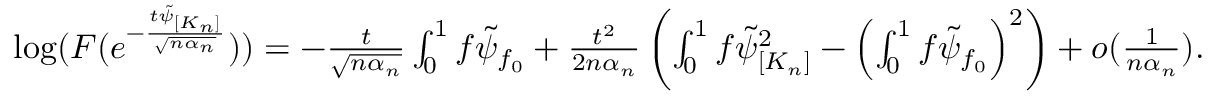
\begin{array} { r } { \log ( F ( e ^ { - \frac { t \tilde { \psi } _ { [ K _ { n } ] } } { \sqrt { n \alpha _ { n } } } } ) ) = - \frac { t } { \sqrt { n \alpha _ { n } } } \int _ { 0 } ^ { 1 } f \tilde { \psi } _ { f _ { 0 } } + \frac { t ^ { 2 } } { 2 n \alpha _ { n } } \left( \int _ { 0 } ^ { 1 } f \tilde { \psi } _ { [ K _ { n } ] } ^ { 2 } - \left( \int _ { 0 } ^ { 1 } f \tilde { \psi } _ { f _ { 0 } } \right) ^ { 2 } \right) + o ( \frac { 1 } { n \alpha _ { n } } ) . } \end{array}